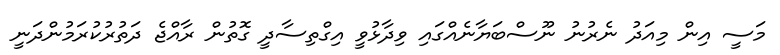
މަސީ އިން މިއަދު ނެރުނު ނޫސްބަޔާނެއްގައި ވިދާޅުވީ އިގްތިސާދީ ގޮތުން ރާއްޖެ ދަތުރުކުރަމުންދަނީ